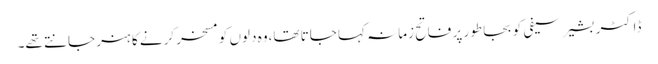
ڈاکٹر بشیر سیفی کو بجا طور پر فاتح زمانہ کہا جاتا تھا،وہ دلوں کو مسخر کرنے کا ہنر جانتے تھے۔